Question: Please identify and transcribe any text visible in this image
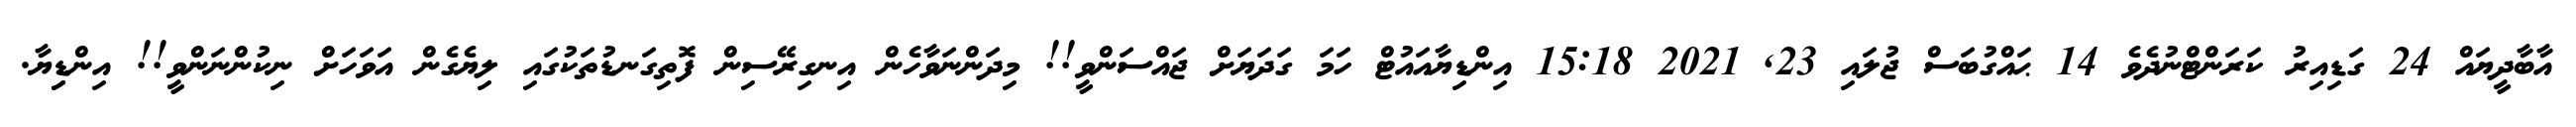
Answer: އާބާދީޔައް 24 ގަޑިއިރު ކަރަންޓްނުދެވެ 14 ޙައްގުބަސް ޖުލައި 23, 2021 15:18 އިންޑިޔާއައުޓް ހަމަ ގަދަޔަށް ޖައްސަންވީ!! މިދަންނަވާހެން އިނގިރޭސިން ފޮތިގަނޑުތަކުގައި ލިޔެގެން އަވަހަށް ނިކުންނަންވީ!! އިންޑިިޔާ.